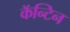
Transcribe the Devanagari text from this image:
कॅन्टिन